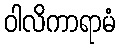
ဝါလိကာရာမံ